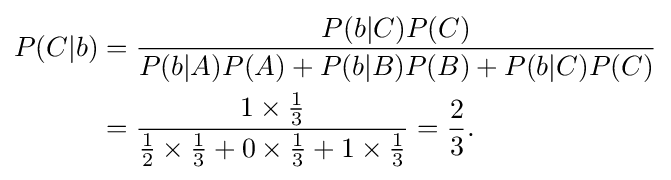
{\begin{aligned}P(C|b)&={\frac {P(b|C)P(C)}{P(b|A)P(A)+P(b|B)P(B)+P(b|C)P(C)}}\\&={\frac {1\times {\tfrac {1}{3}}}{{\tfrac {1}{2}}\times {\tfrac {1}{3}}+0\times {\tfrac {1}{3}}+1\times {\tfrac {1}{3}}}}={\frac {2}{3}}.\end{aligned}}